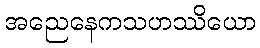
အညေနေကသဟဿိယော